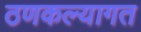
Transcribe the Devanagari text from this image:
ठणकल्यागत